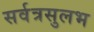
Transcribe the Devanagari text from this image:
सर्वत्रसुलभ